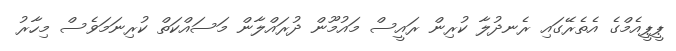
ޕީޕީއެމްގެ އެތެރޭގައި ރެނދުލާ ކުރިން ރައީސް މައުމޫން ދުރައްލާން މަސައްކަތް ކުރިނަމަވެސް މިހާރު